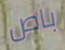
باص